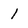
Character: 1